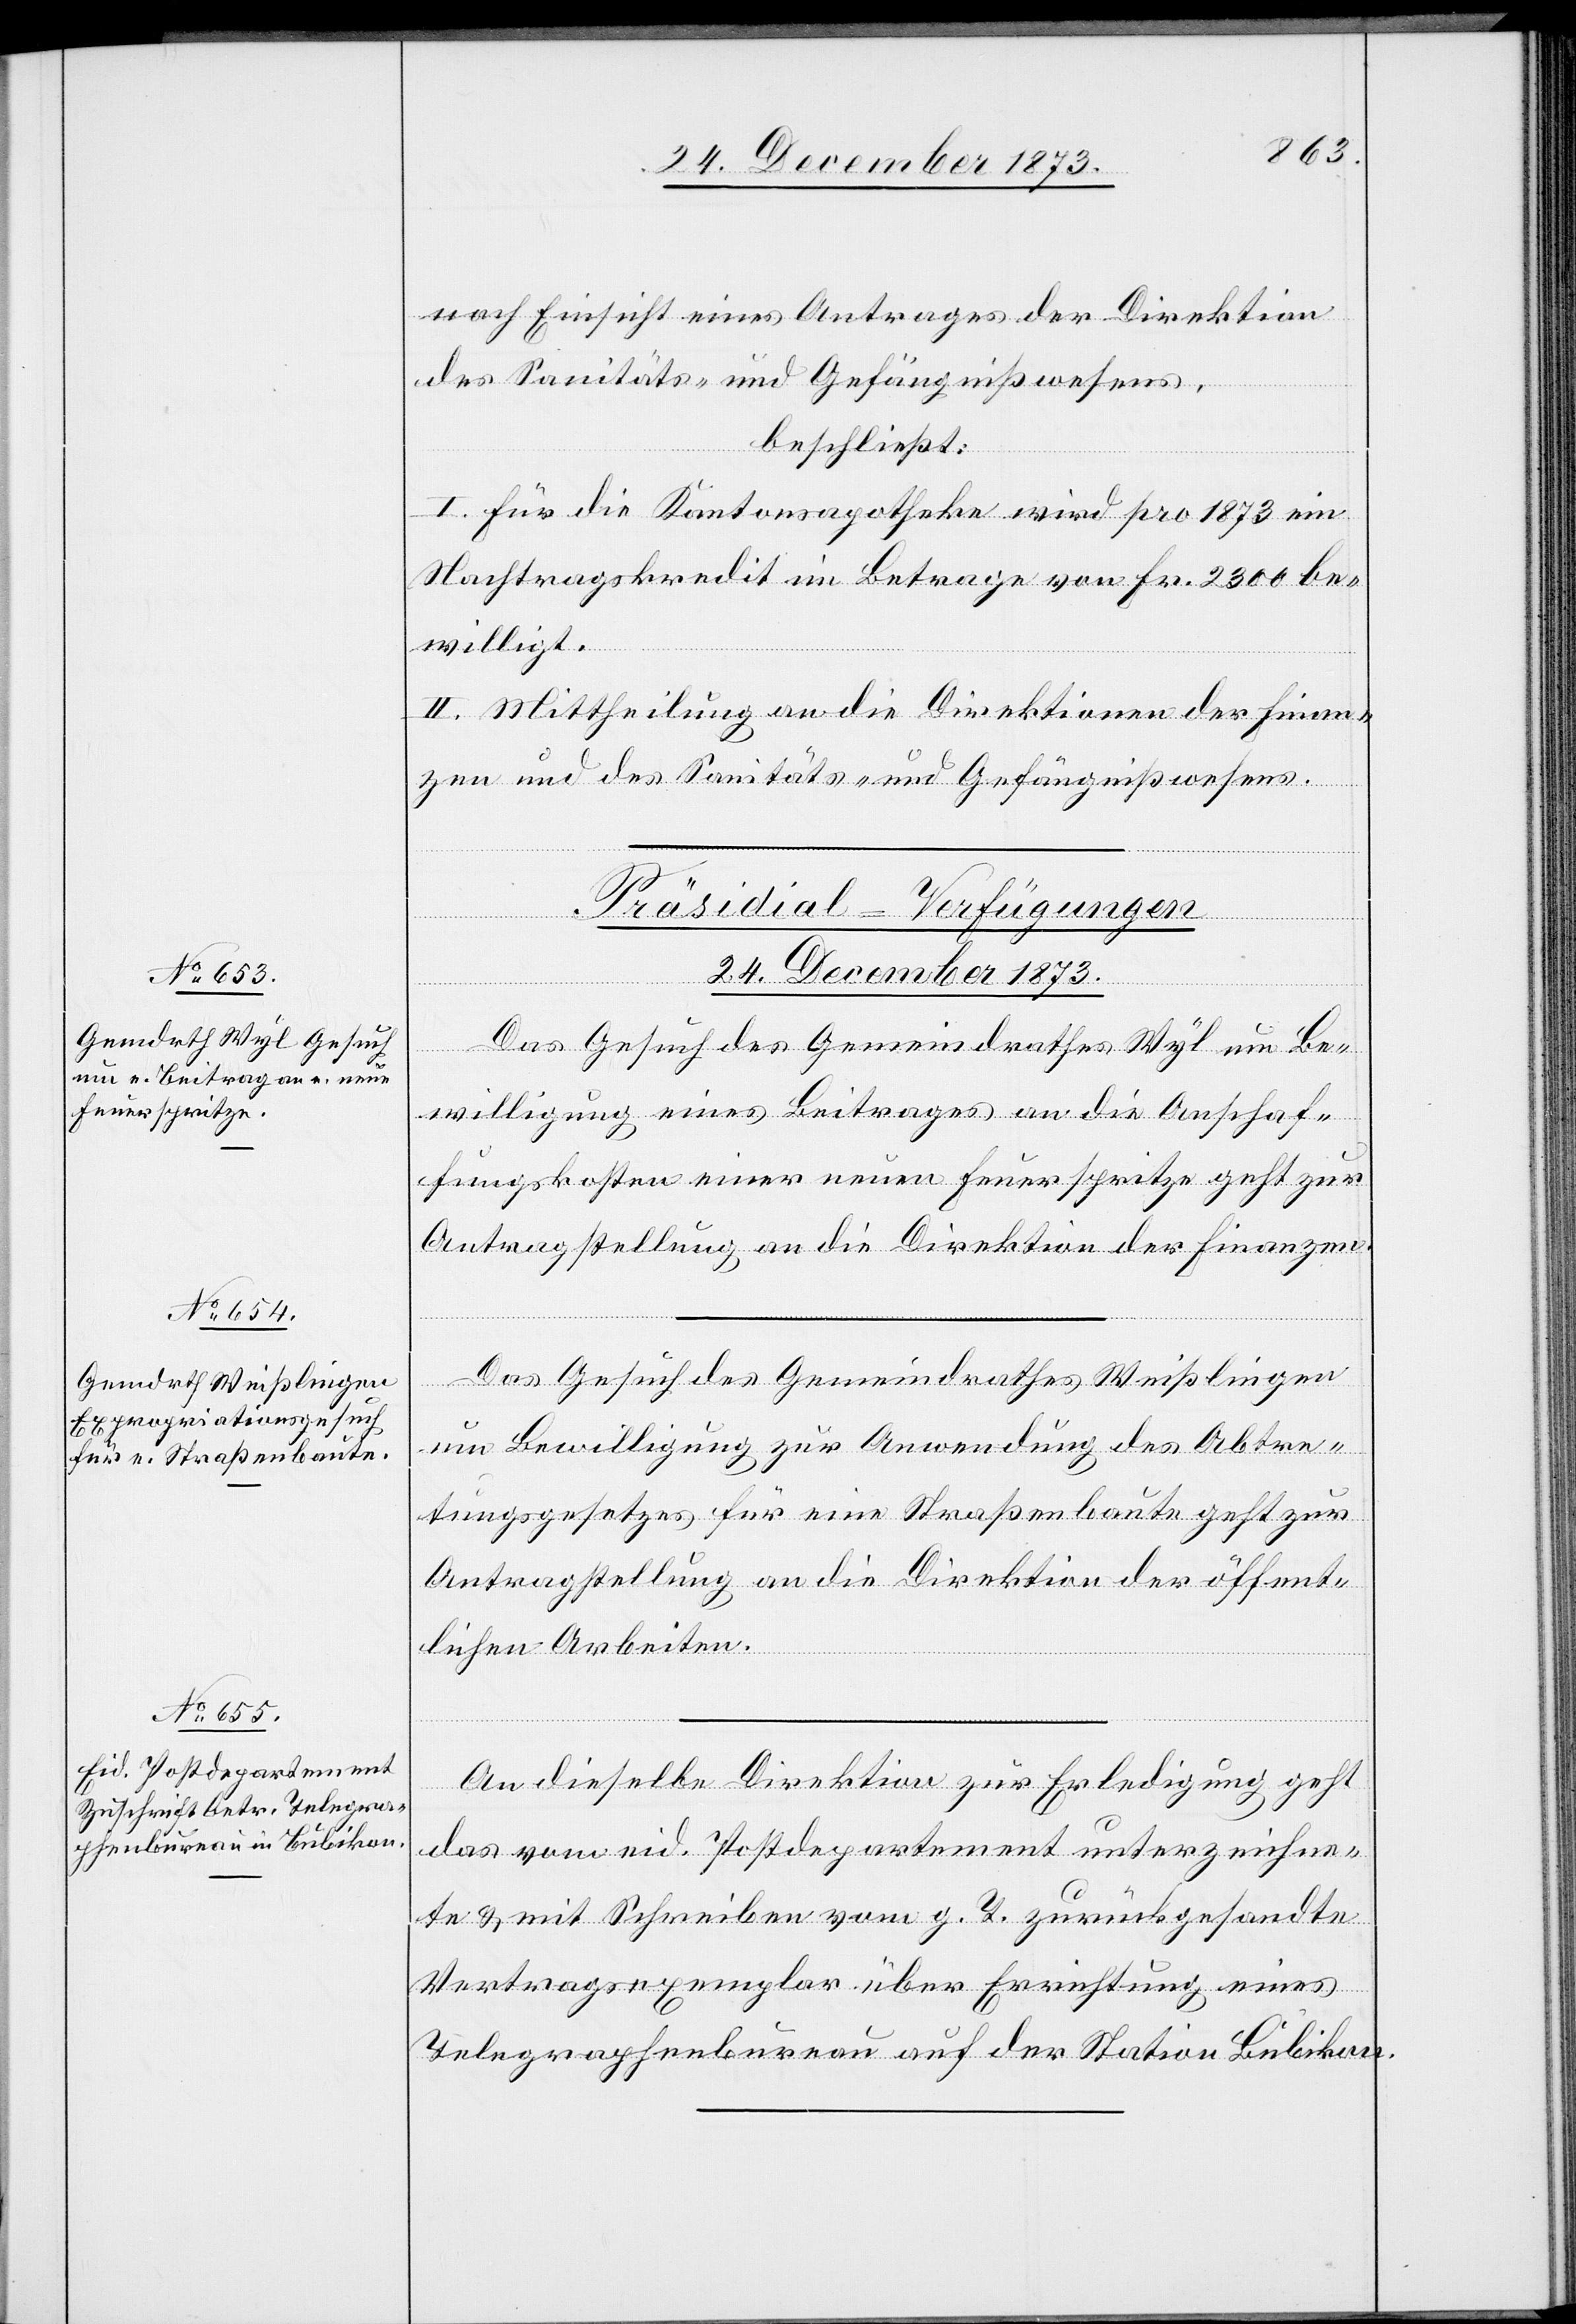
24. December 1873.]
nach Einsicht eines Antrages der Direktion
des Sanitäts- und Gefängnißwesens,
[Fortsetzung
beschließt:
I. Für die Kantonsapotheke wird pro 1873 ein
Nachtragskredit im Betrage von Fr. 2 300 be¬
willigt.
II. Mittheilung an die Direktionen der Finan¬
zen und des Sanitäts- und Gefängnißwesens.
[Präsidial-Verfügungen
24. December 1873.
Das Gesuch des Gemeindrathes Wyl um Be¬
willigung eines Beitrages an die Anschaf¬
fungskosten einer neuen Feuerspritze geht zur
Antragstellung an die Direktion der Finanzen.
Das Gesuch des Gemeindrathes Weißlingen
um Bewilligung zur Anwendung des Abtre¬
tungsgesetzes für eine Straßenbaute geht zur
Antragstellung an die Direktion der öffent¬
lichen Arbeiten.
An dieselbe Direktion zur Erledigung geht
das vom eid. Postdepartement unterzeichne¬
te & mit Schreiben vom g. T. zurückgesandte
Vertragsexemplar über Errichtung eines
Telegraphenbureau auf der Station Bubikon.